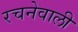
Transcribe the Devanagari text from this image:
रचनेवाली